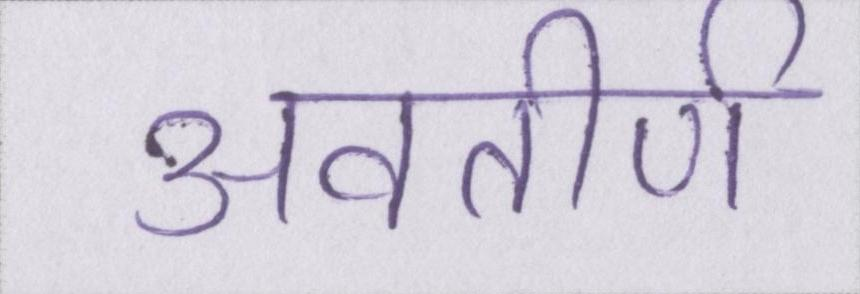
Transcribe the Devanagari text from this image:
अवतीर्ण